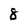
Character: 8